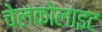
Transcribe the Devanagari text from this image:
चेलकोलाइट